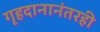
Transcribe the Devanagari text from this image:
गृहदानानंतरही